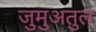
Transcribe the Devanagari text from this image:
जुमुअतुल